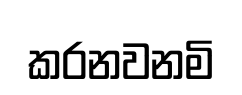
කරනවනමි